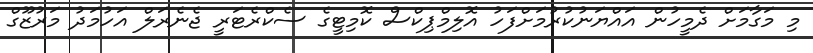
މި މަގާމަށް ދެމީހުން އައްޔަނުކުރުމަށްފަހު އޮލިމްޕިކްސް ކޮމިޓީގެ ސެކްރެޓަރީ ޖެނެރަލް އަހުމަދު މަރުޒޫގް